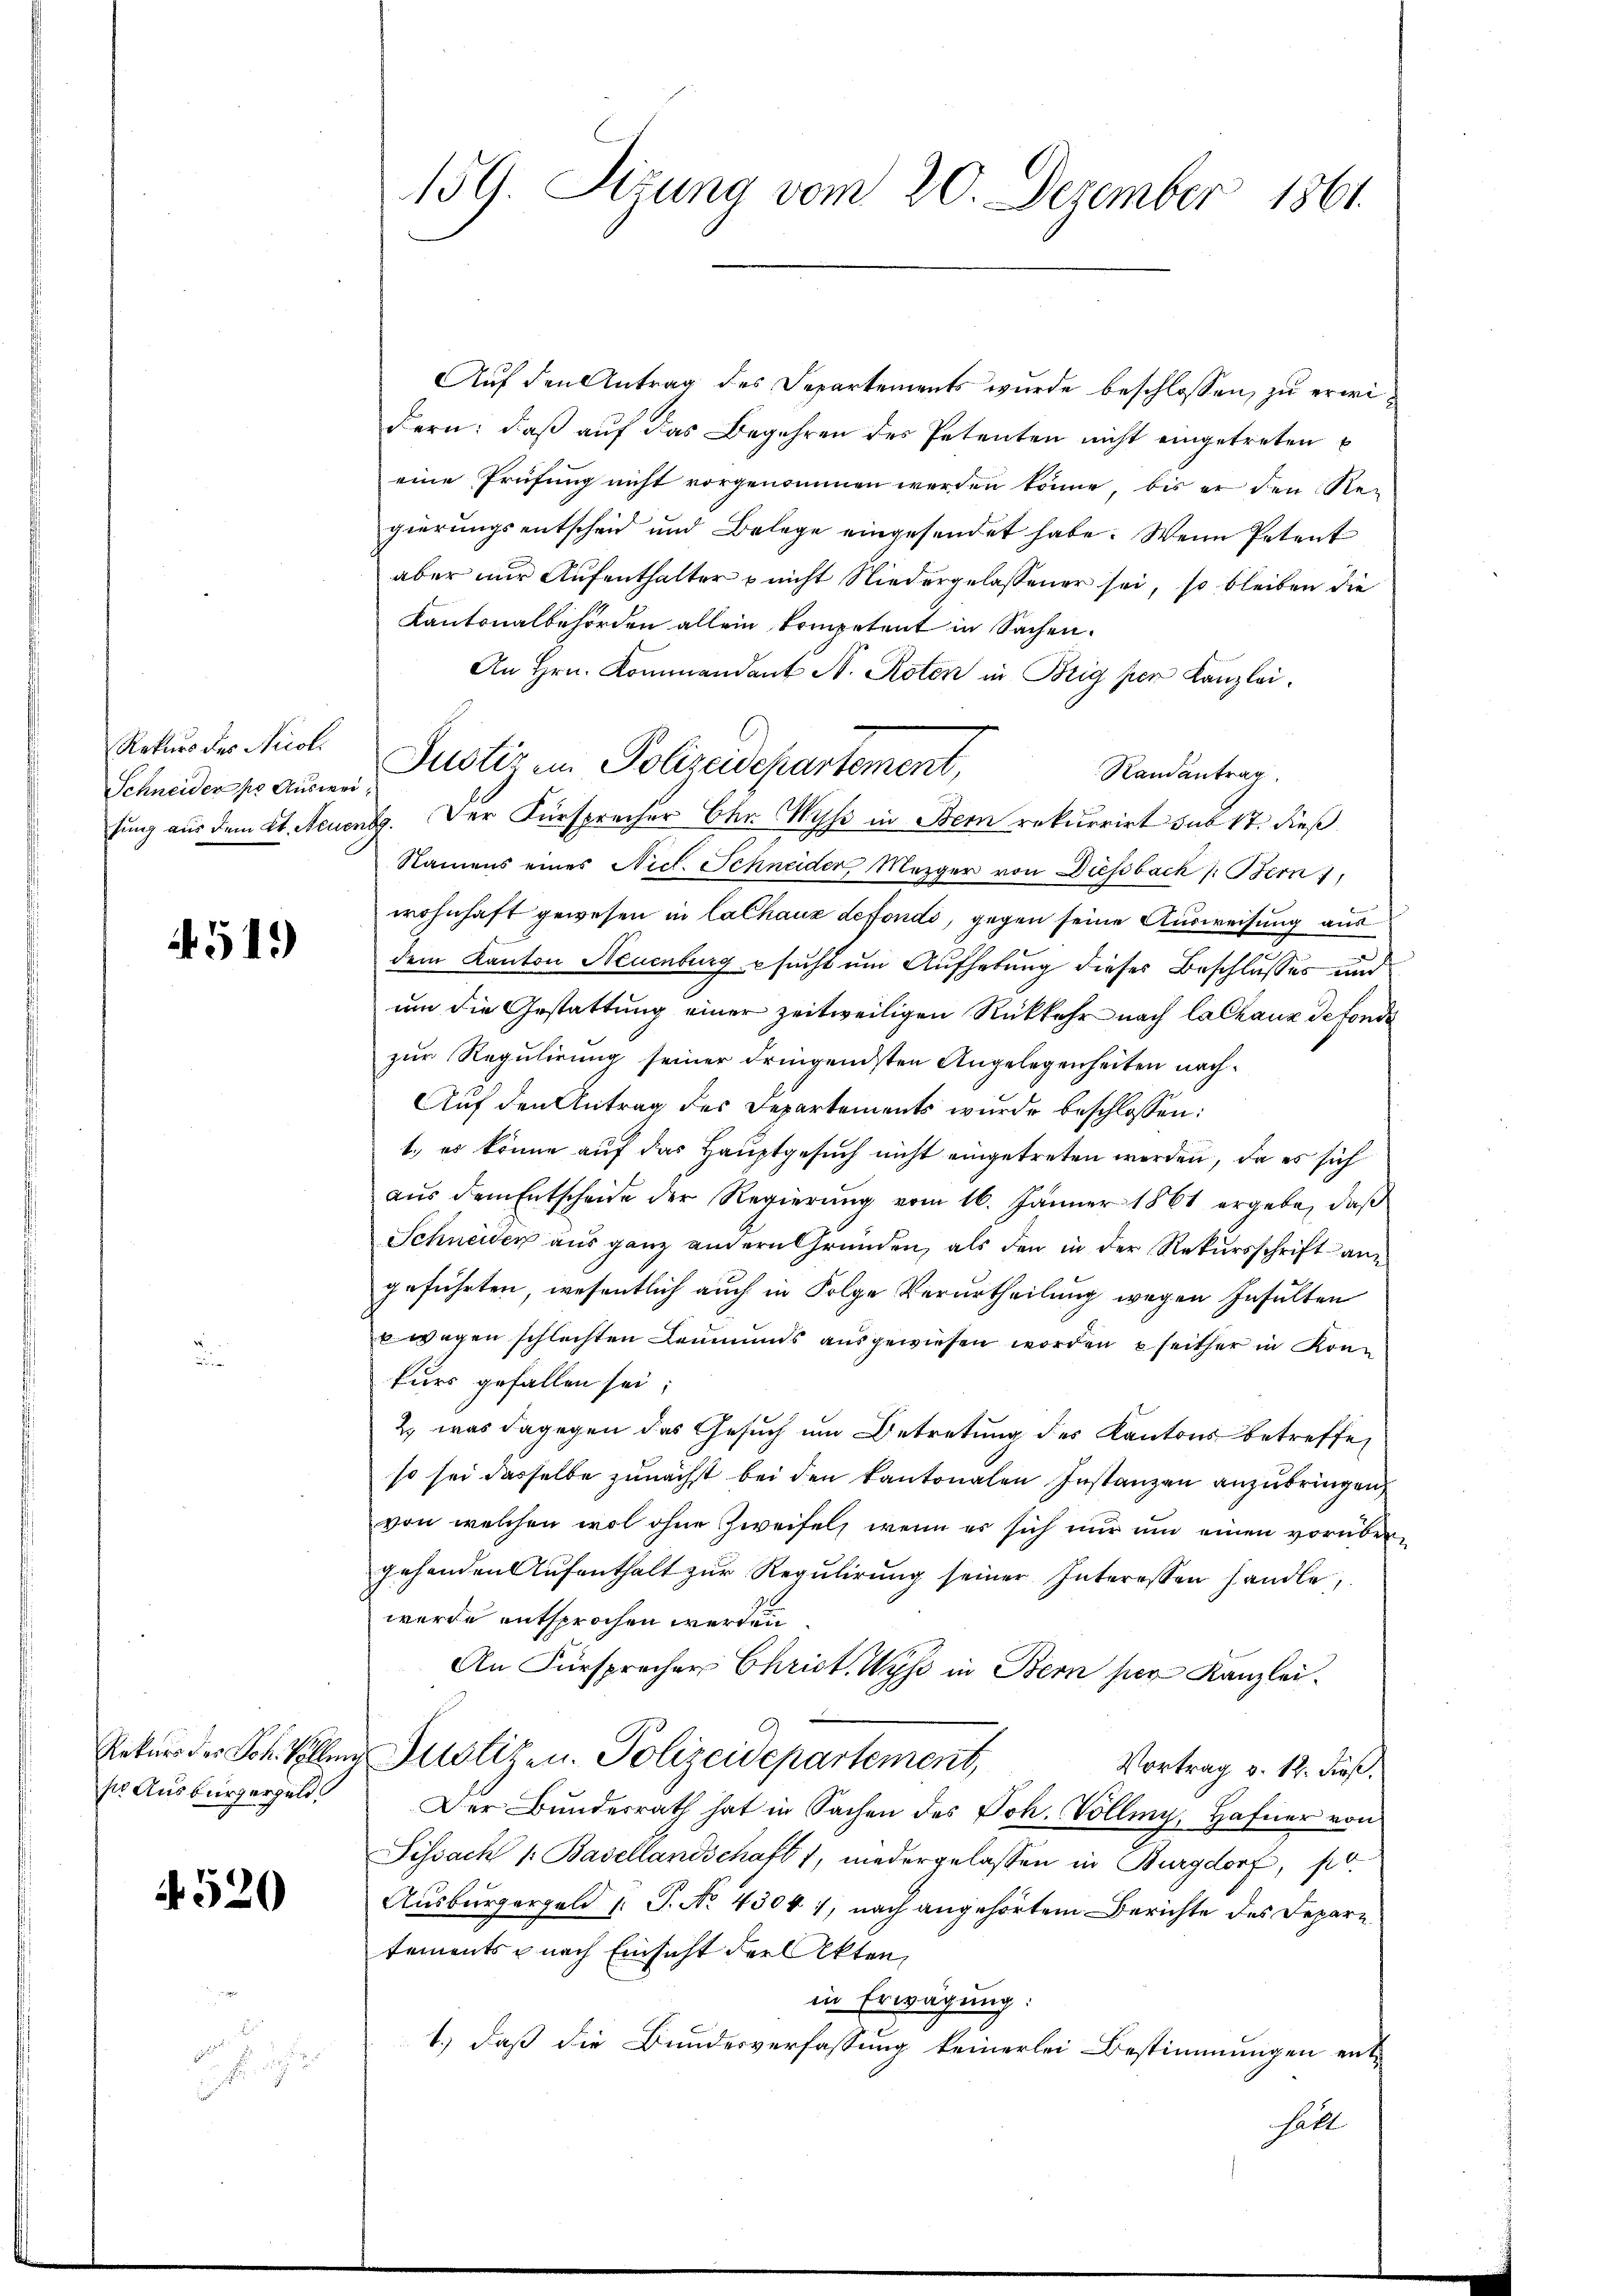
Rekurs des Nicol
Schneider pr Ausweitung aus dem St. Neuer

4519)

ser Ausbürgergeld

4520

2

159. Sebung vom 20. Dezember 1861.

Auf den Antrag des Departements wurde beschlossen, zu erwidern: daβ aŭf das Begehren des Petenten nicht eingetreten
eine Prüfung nicht vorgenommen werden könne, bis er den Re-
gierungsentscheid und Belege eingesendet habe. Wenn Petent
aber nur Aufenthalter u nicht Niedergelassener sei, so bleiben die
Kantonalbehörden allein kompetent in Sachen.
An Hrn. Kommandant N. Roten in Brig per Kanzlei.
Randantrag
ug. Der Fürsprecher Chr. Wyss in Bern rekurrirt sub 17. dieß
Namens eines Nicl. Schneider Morger von Diessbach /: Bern,
wohnhaft gewesen in Cathaus defondo, gegen seine Ausweisung aus
dem Kanton Neuenburg sucht um Aufhebung dieser Beschlusses und
um die Gestattung einer zeitweiligen Rückkehr nach Calhaux de fonde
zur Regulirung seiner dringendsten Angelegenheiten nach¬
Auf den Antrag des Departements wurde beschlossen:
1.) es könne auf das Hauptgesuch nicht eingetreten werden, da es sich
aŭs dem Entscheide der Regierŭng vom 16. Jänner 1861 ergebe, daβ
Schneider aus ganz andern Gründen, als den in der Rekursschrift ane
geführten, wesentlich auch in Folge Verurtheilung wegen Insulten
u wegen schlechten Leumuns ausgewiesen worden seither in Konkurs gefallen sei;
2) was dagegen das Gesuch um Betretung des Kantons betreffe,
so sei dasselbe zunächst bei den kantonalen Instanzen anzubringen,
von welchen wol ohne Zweifel, wenn es sich nur um einen vorübergehenden Aufenthalt zur Regulirung seiner Interessen handle,
wurde entsprochen werden
An Fürsprecher Christ. Wyss in Bern per Kanzlei¬
Rekurs der Joh. vollen Justizen. Polizeidepartement,
Vortrag v. 12. Fuß.
Der Bundesrath hat in Sachen des Joh. Volling, Hafner von
Sissach 1. Basellandschaft 1, niedergelassen in Burgdorf, po
Ausbürgergeld h. T. No 4300 1, nach angehörtem Berichte des Depar
tements nach Einsicht der Akten,
in Erwägung:
1.) daß die Bundesverfassung keinerlei Bestimmungen ent-
halt

Justiz ein Polizeidepartement,